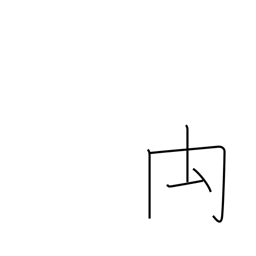
Meaning: rump